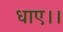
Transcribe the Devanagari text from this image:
धाए।।